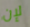
لإن